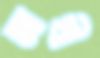
আখী